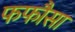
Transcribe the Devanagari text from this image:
फफौसा